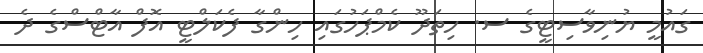
ގައުމީ ޔުނިވާސިޓީގެ ސ. ހިތަދޫ ކެމްޕަހުގައި ހިންގާ ފެކަލްޓީ އޮފް އާޓްސްގެ ދެ